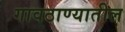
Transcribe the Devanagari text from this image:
गावठाण्यातील